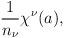
LaTeX: \begin{align*}{1 \over n_{\nu}} \chi^{\nu} (a) ,\end{align*}